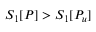
S _ { 1 } [ P ] > S _ { 1 } [ P _ { u } ]